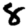
Digit: 8